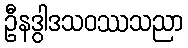
ဦနဒွါဒသဝဿသညာ